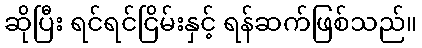
ဆိုပြီး ရင်ရင်ငြိမ်းနှင့် ရန်ဆက်ဖြစ်သည်။